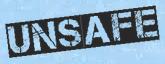
UNSAFE